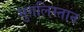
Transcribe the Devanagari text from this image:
मुग़लिस्तान